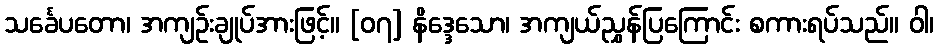
သင်္ခေပတော၊ အကျဉ်းချုပ်အားဖြင့်။ [၀၇] နိဒ္ဒေသော၊ အကျယ်ညွှန်ပြကြောင်း စကားရပ်သည်။ ဝါ၊